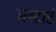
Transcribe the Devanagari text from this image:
मस्टार्ड